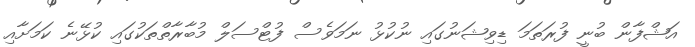
އަޝްފާން ބުނީ ފުރަތަމަ ޑިވިޝަނުގައި ނުކުޅު ނަމަވެސް ފުޓްސަލް މުބާރާތްތަކުގައި ކުޅޭނެ ކަމަށާއި